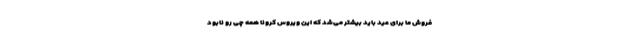
فروش ما برای عید باید بیشتر می‌شد که این ویروس کرونا همه چی رو نابود